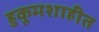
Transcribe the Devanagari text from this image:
हुकूमशाहीत